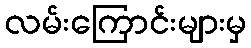
လမ်းကြောင်းများမှ